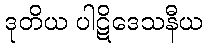
ဒုတိယ ပါဋိဒေသနီယ